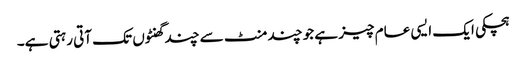
ہچکی ایک ایسی عام چیز ہے جو چند منٹ سے چند گھنٹوں تک آتی رہتی ہے۔